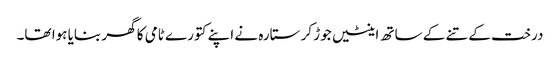
درخت کے تنے کے ساتھ اینٹیں جوڑ کر ستارہ نے اپنے کتورے ٹامی کا گھر بنایا ہوا تھا۔